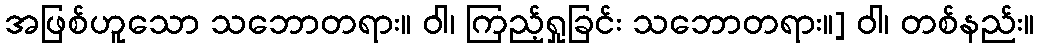
အဖြစ်ဟူသော သဘောတရား။ ဝါ၊ ကြည့်ရှုခြင်း သဘောတရား။] ဝါ၊ တစ်နည်း။